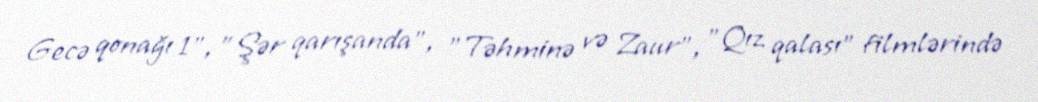
Gecə qonağı 1", "Şər qarışanda", "Təhminə və Zaur", "Qız qalası" filmlərində